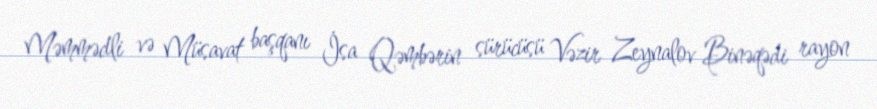
Məmmədli və Müsavat başqanı İsa Qəmbərin sürücüsü Vəzir Zeynalov Binəqədi rayon